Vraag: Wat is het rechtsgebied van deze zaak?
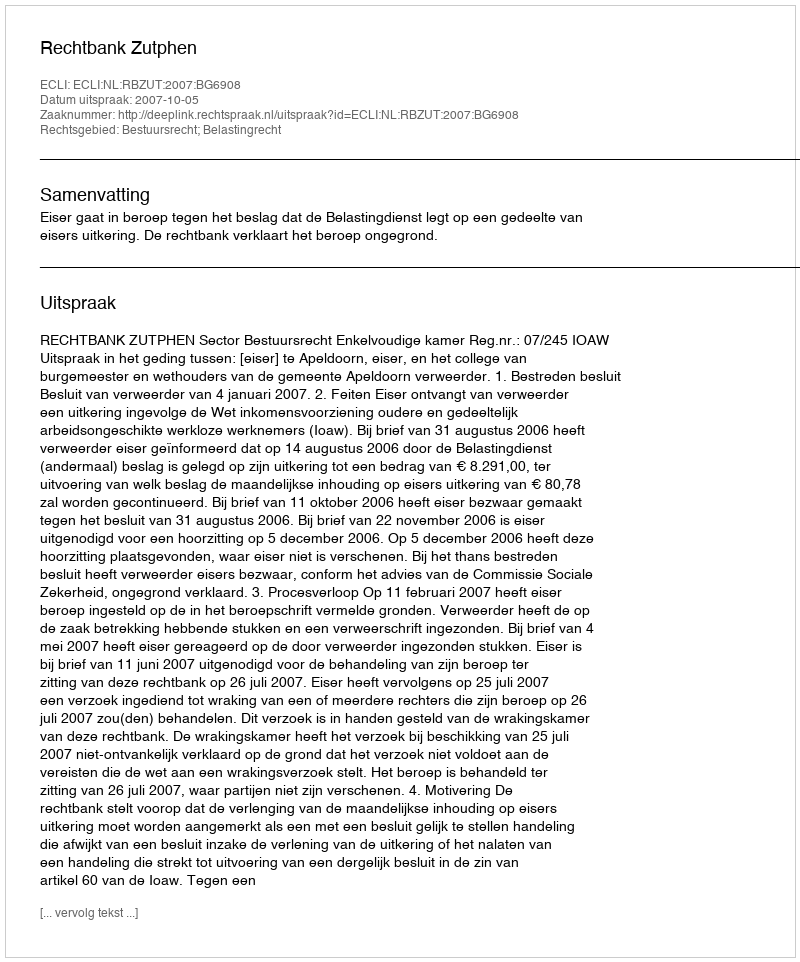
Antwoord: Bestuursrecht; Belastingrecht